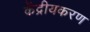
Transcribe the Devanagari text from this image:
केंद्रीयकरण